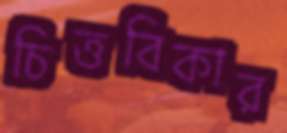
চিত্তবিকার